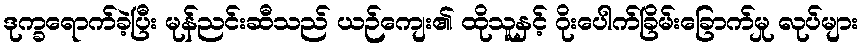
ဒုက္ခရောက်ခဲ့ပြီး မုန်ညင်းဆီသည် ယဉ်ကျေး၏ ထိုသူနှင့် ဂိုးပေါက်ခြိမ်းခြောက်မှု လုပ်များ